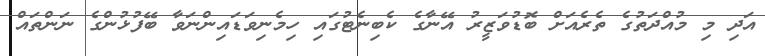
އަދި މި މުއްދަތުގެ ތެރެއަށް ބޮޑުވަޒީރު އޭނާގެ ކެބިނެޓުގައި ހިމެނިވަޑައިންނަވާ ބޭފުޅުންގެ ނަންތައް